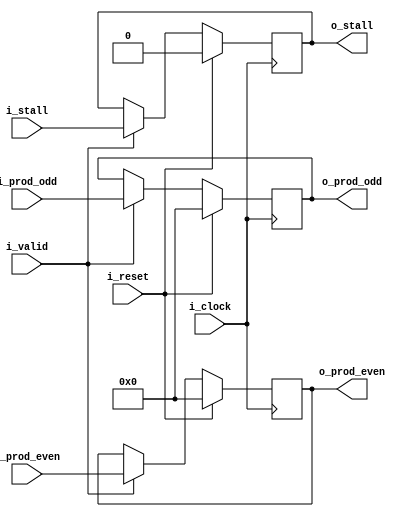
module ghash_stage2_pipe
#(
    parameter                                       NB_BLOCK    = 128 ,
    parameter                                       N_BLOCKS    = 2 ,
    parameter                                       NB_DATA     = N_BLOCKS*NB_BLOCK
)
(
    // OUTPUTS
    output      reg     [NB_DATA-1-1:0]             o_prod_even ,
    output      reg     [NB_DATA-1-1:0]             o_prod_odd ,
    output      reg                                 o_stall ,
    // INPUTS
    input       wire    [NB_DATA-1-1:0]             i_prod_even ,
    input       wire    [NB_DATA-1-1:0]             i_prod_odd ,
    input       wire                                i_stall ,
    input       wire                                i_valid ,
    input       wire                                i_reset ,
    input       wire                                i_clock
) ;

    // QUICK INSTANCE: BEGIN
    /*
    ghash_stage2_pipe
    #(
        .NB_BLOCK       (  ) ,
        .N_BLOCKS       (  ) ,
        .NB_DATA        (  )
    )
    u_ghash_stage2_pipe
    (
        .o_prod_even    (  ) ,
        .o_prod_odd     (  ) ,
        .o_stall        (  ) ,
        .i_prod_even    (  ) ,
        .i_prod_odd     (  ) ,
        .i_stall        (  ) ,
        .i_valid        (  ) ,
        .i_reset        (  ) ,
        .i_clock        (  )
    ) ;
    */  // QUICK INSTANCE: END

    always @( posedge i_clock ) begin
        if ( i_reset ) begin
            o_prod_even     <=  { (NB_DATA-1){1'b0} } ;
            o_prod_odd      <=  { (NB_DATA-1){1'b0} } ;
            o_stall         <=  1'b0 ;
        end else if ( i_valid ) begin
            o_prod_even     <=  i_prod_even ;
            o_prod_odd      <=  i_prod_odd ;
            o_stall         <=  i_stall ;
        end
    end

endmodule